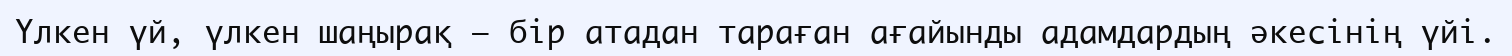
Үлкен үй, үлкен шаңырақ — бір атадан тараған ағайынды адамдардың әкесінің үйі.